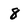
Character: 8